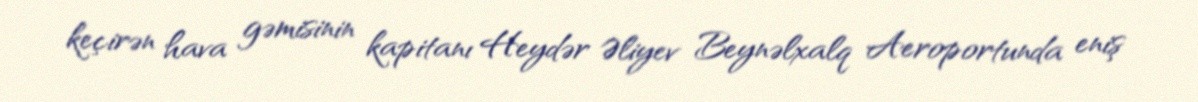
keçirən hava gəmisinin kapitanı Heydər Əliyev Beynəlxalq Aeroportunda eniş